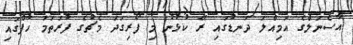
އާސެނަލްގެ އަމިއްލަ ދަނޑުގައި ރޭ ކުޅުނު މި ފޯރިގަދަ މެޗުގެ ފުރަތަމަ ހާފްގައި